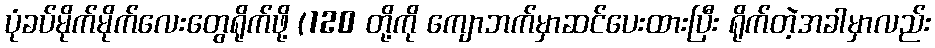
ပုံခပ်မိုက်မိုက်လေးတွေရိုက်ဖို့ (120 တို့ကို ကျောဘက်မှာဆင်ပေးထားပြီး ရိုက်တဲ့အခါမှာလည်း